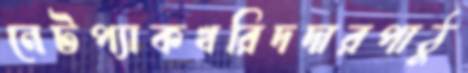
নেটপ্যাকখরিদদারপাঠু